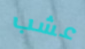
عشب